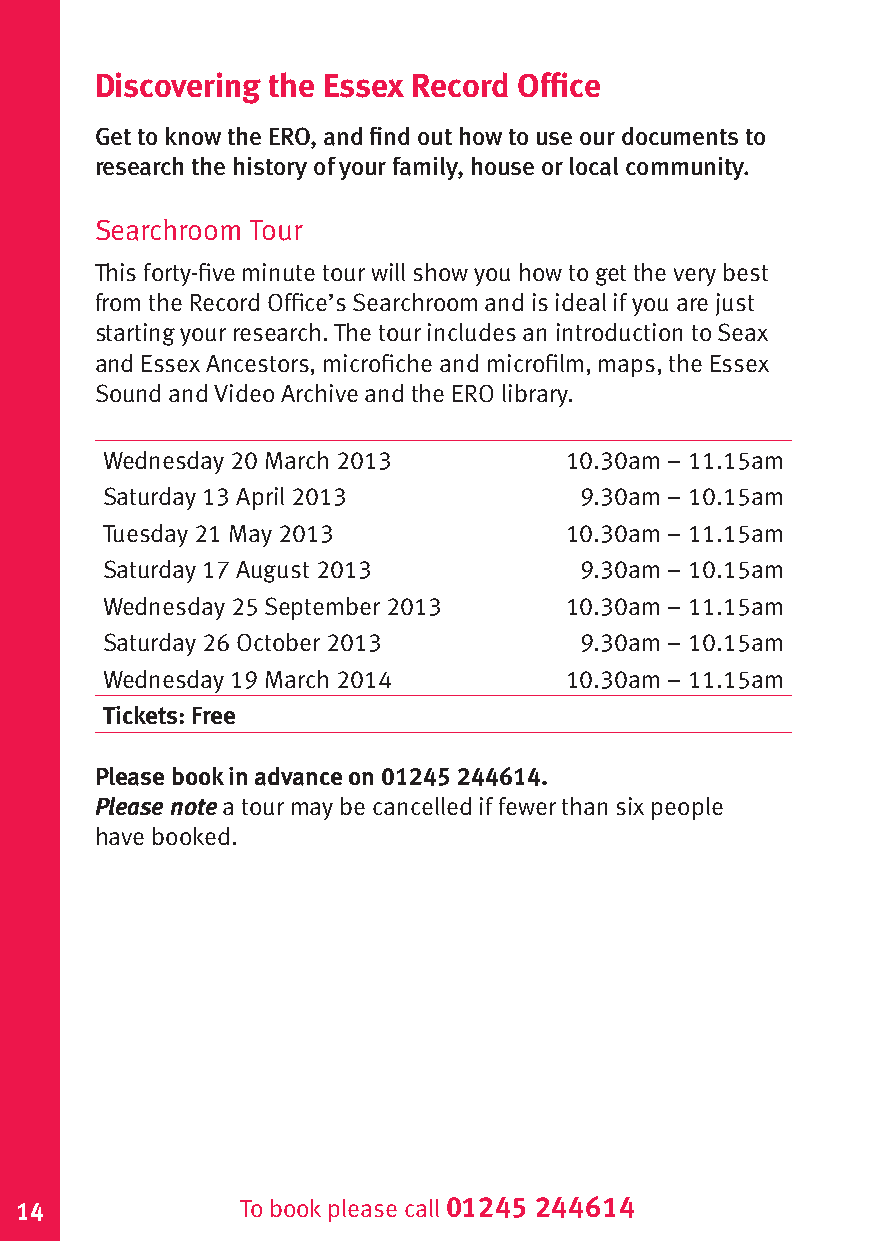
Discovering the Essex Record Office
 Get to know the ERO, and find out how to use our documents to
 research the history of your family, house or local community.
 Searchroom Tour
 This forty-five minute tour will show you how to get the very best
 from the Record Office’s Searchroom and is ideal if you are just
 starting your research. The tour includes an introduction to Seax
 and Essex Ancestors, microfiche and microfilm, maps, the Essex
 Sound and Video Archive and the ERO library.
 Wednesday 20 March 2013       10.30am – 11.15am
 Saturday 13 April 2013         9.30am – 10.15am
 Tuesday 21 May 2013           10.30am – 11.15am
 Saturday 17 August 2013        9.30am – 10.15am
 Wednesday 25 September 2013   10.30am – 11.15am
 Saturday 26 October 2013       9.30am – 10.15am
 Wednesday 19 March 2014       10.30am – 11.15am
 Tickets: Free
 Please book in advance on 01245 244614.
 Please note a tour may be cancelled if fewer than six people
 have booked.
 14             To book please call 01245 244614